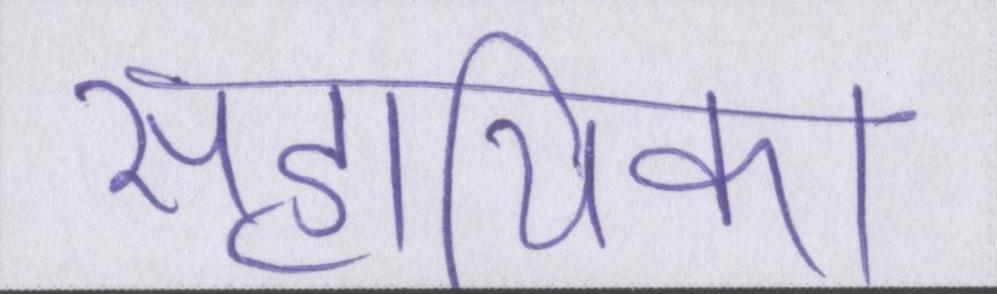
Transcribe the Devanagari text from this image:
सहायिका